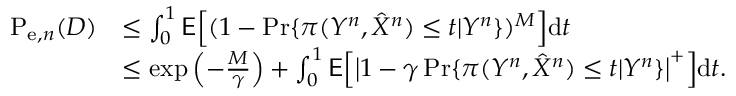
\begin{array} { r l } { \mathrm { P } _ { \mathrm { e } , n } ( D ) } & { \leq \int _ { 0 } ^ { 1 } \mathsf { E } \Big [ ( 1 - \operatorname* { P r } \{ \pi ( Y ^ { n } , \hat { X } ^ { n } ) \leq t | Y ^ { n } \} ) ^ { M } \Big ] \mathrm { d } t } \\ & { \leq \exp \left( - \frac { M } { \gamma } \right) + \int _ { 0 } ^ { 1 } \mathsf { E } \Big [ \big | 1 - \gamma \operatorname* { P r } \{ \pi ( Y ^ { n } , \hat { X } ^ { n } ) \leq t | Y ^ { n } \} \big | ^ { + } \Big ] \mathrm { d } t . } \end{array}